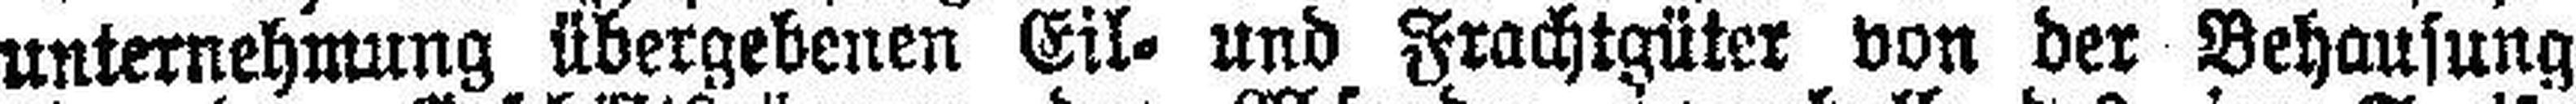
unternehmung übergebenen Eil- und Frachtgüter von der Behausung